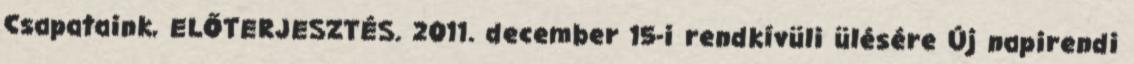
Csapataink, ELŐTERJESZTÉS. 2011. december 15-i rendkívüli ülésére Új napirendi